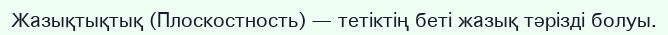
Жазықтықтық (Плоскостность) — тетіктің беті жазық тәрізді болуы.